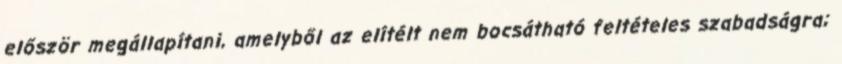
először megállapítani, amelyből az elítélt nem bocsátható feltételes szabadságra;